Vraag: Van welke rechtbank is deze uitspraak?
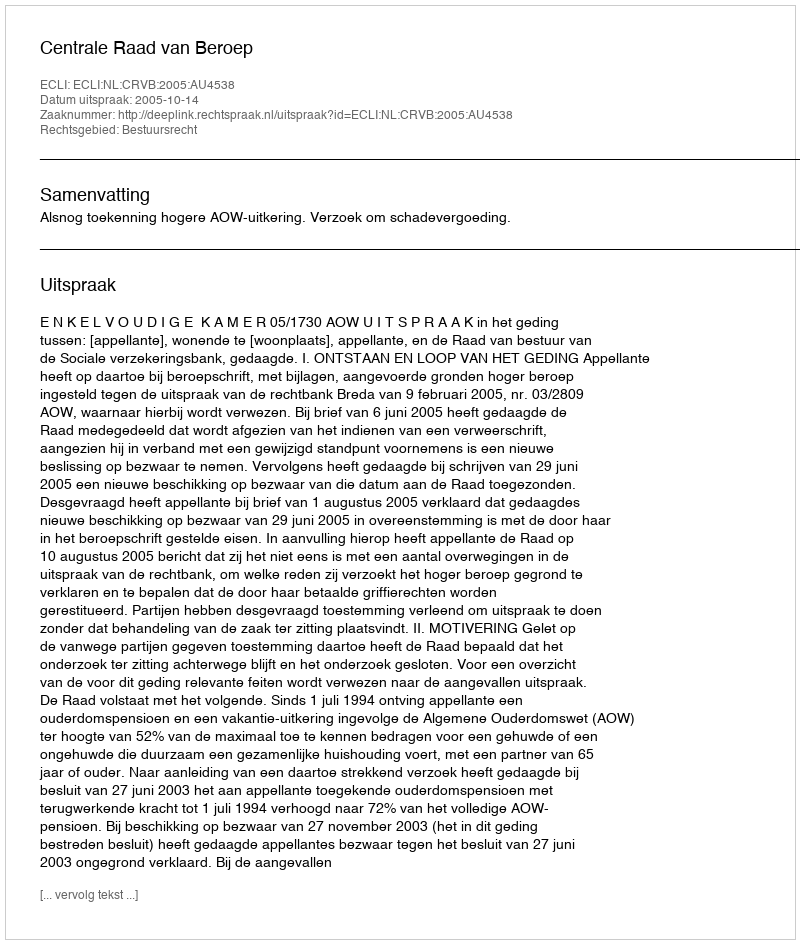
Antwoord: Centrale Raad van Beroep